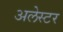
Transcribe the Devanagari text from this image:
अलेस्टर